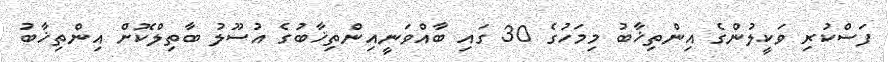
ފަސްކުރި ވަކީލުންގެ އިންތިޚާބު މިމަހުގެ 30 ގައި ބާއްވަނީއިންތިޚާބުގެ އުސޫލު ބާތިލްކޮށް އިންތިޚާބު